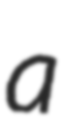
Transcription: a